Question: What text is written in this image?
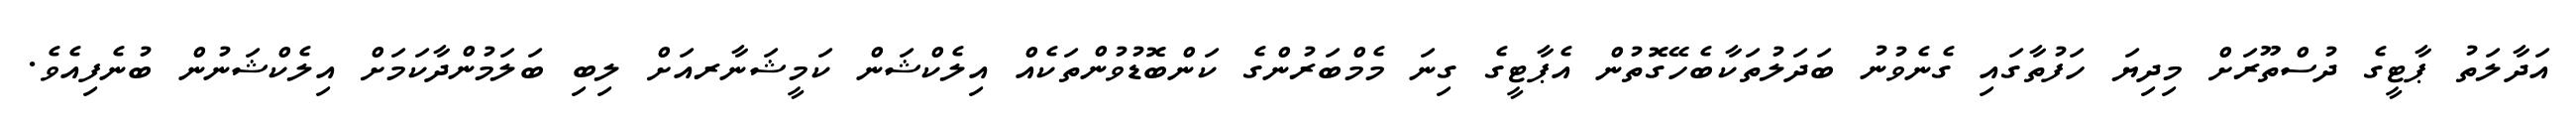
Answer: އަދާލަތު ޕާޓީގެ ދުސްތޫރަށް މިދިޔަ ހަފުތާގައި ގެނެވުނު ބަދަލުތަކާބެހޭގޮތުން އެޕާޓީގެ ގިނަ މެމްބަރުންގެ ކަންބޮޑުވުންތަކެއް އިލެކްޝަން ކަމީޝަނާރއަށް ލިބި ބަލަމުންދާކަމަށް އިލެކްޝަނުން ބުނެފިއެވެ.